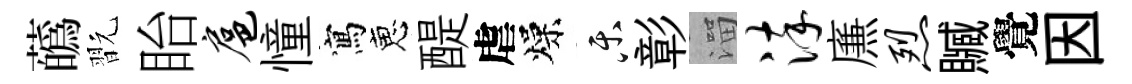
蘤翫眙扈憧寫恵醍虐燥乐彰溜淬㢘烈贓覺因